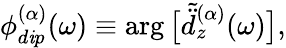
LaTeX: \phi_{d\mathit{i}p}^{(\alpha)}(\omega)\equiv\arg\big[\tilde{{\ddot{{d}}}}_{z}^{(\alpha)}(\omega)\big],